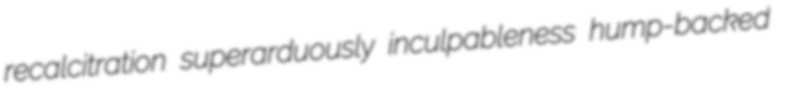
recalcitration superarduously inculpableness hump-backed